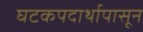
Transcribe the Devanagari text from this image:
घटकपदार्थापासून